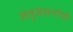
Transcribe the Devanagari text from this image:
जंतुसंसर्गाची